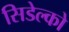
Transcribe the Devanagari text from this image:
सिडेल्को